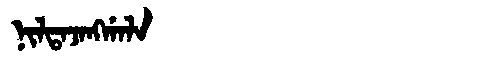
Manchu: ᠨᡳᠯᡨᠠᠵᠠᠩᡤᠠᠯᠠ
Romanization: NILTAJANGGALA